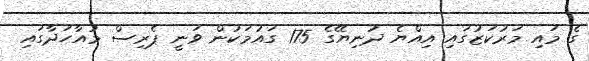
ގެ މައި މަރުކަޒުގައި އިއްޔެ ދުނިޔޭގެ 175 ގައުމަކުން ވަނީ ޕެރިސް މުއާހަދާގައި